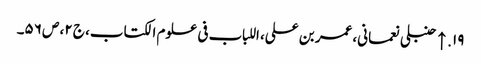
۱۹. ↑ حنبلی نعمانی، عمر بن علی، اللباب فی علوم الکتاب، ج ۲، ص ۵۶۔